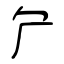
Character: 厃